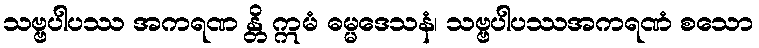
သဗ္ဗပါပဿ အကရဏ န္တိ ဣမံ ဓမ္မဒေသနံ၊ သဗ္ဗပါပဿအကရဏံ စသော